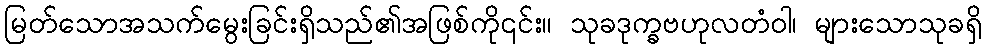
မြတ်သောအသက်မွေးခြင်းရှိသည်၏အဖြစ်ကို၎င်း။ သုခဒုက္ခဗဟုလတံဝါ၊ များသောသုခရှိ